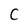
Character: C